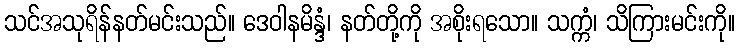
သင်အသုရိန်နတ်မင်းသည်။ ဒေဝါနမိန္ဒံ၊ နတ်တို့ကို အစိုးရသော။ သက္ကံ၊ သိကြားမင်းကို။